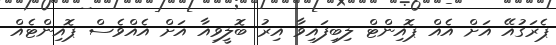
ޕެރަގުއޭ އަށް އެއް ޕޮއިންޓް ލިބިފައިވާ އިރު ބޮލީވިއާ އަށް އެއްވެސް ޕޮއިންޓެއް